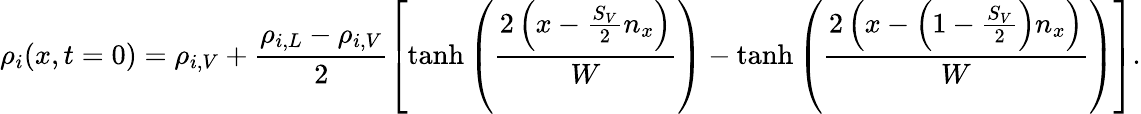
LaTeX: \rho_{i}(x,t=0)=\rho_{i,V}+\frac{\rho_{i,L}-\rho_{i,V}}{2}\left[\operatorname{tanh}{\left(\frac{2\left(x-\frac{S_{V}}{2}n_{x}\right)}{W}\right)}-\operatorname{tanh}{\left(\frac{2\left(x-\left(1-\frac{S_{V}}{2}\right)n_{x}\right)}{W}\right)}\right].